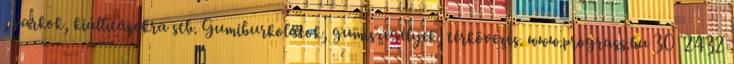
, parkok, kiállításokra stb. Gumiburkolatok, gumiszegélyek, térkövezés. www.prograss.hu 30 2432